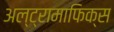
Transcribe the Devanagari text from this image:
अल्ट्रामाफिक्स